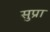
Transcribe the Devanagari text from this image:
सुप्रा